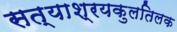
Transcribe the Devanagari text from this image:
सत्याश्रयकुलतिलक